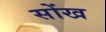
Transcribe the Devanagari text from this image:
सोंख